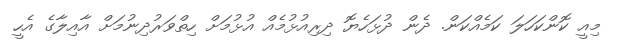
މިއީ ކޮންކަހަލަ ކަމެއްކަން. ދެން ދުޅަހެޔޮ ދިރިއުޅުމެއް އުޅުމަށް ހިތްވަރުދިނުމަށް އާއިލާގެ އެހީ